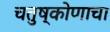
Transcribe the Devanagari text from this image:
चतुष्कोणाचा